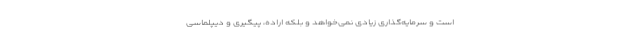
است و سرمایه‌گذاری زیادی نمی‌خواهد و بلکه اراده، پیگیری و دیپلماسی